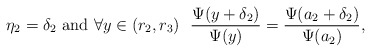
\begin{align*} \eta_2=\delta_2 \hbox{ and } \forall y \in (r_2,r_3)\ \ \frac{\Psi(y+\delta_2)}{\Psi(y)}=\frac{\Psi(a_2+\delta_2)}{\Psi(a_2)},\end{align*}